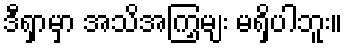
ဒီရှာမှာ အသိအကြှမျး မရှိပါဘူး။